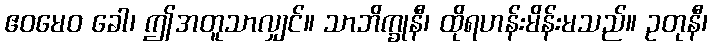
ဧဝမေဝ ခေါ၊ ဤအတူသာလျှင်။ သာဘိက္ခုနီ၊ ထိုရဟန်းမိန်းမသည်။ ဥတုနီ၊